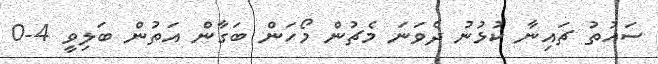
ސައުތު ޗައިނާ ކުޅުނު ދެވަނަ މެޗުން މޯހަން ބަގާން އަތުން ބަލިވީ 4-0